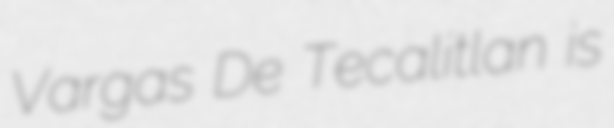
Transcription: Vargas De Tecalitlan is